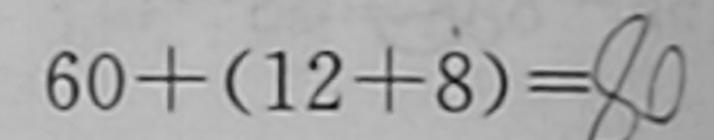
6 0 + ( 1 2 + 8 ) = 8 0